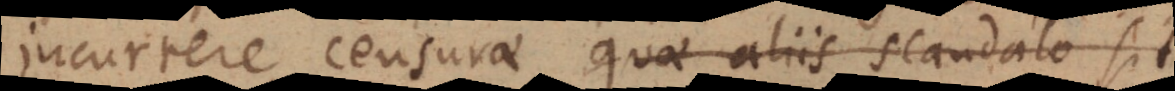
incurrere censurae, quae aliis scandalo sit,